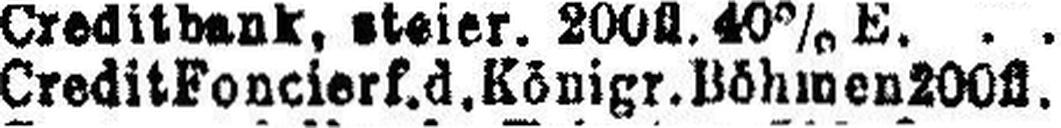
Credit Foncierf.d.Königr. Böhmen 200fl.